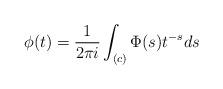
LaTeX: \begin{align*} \phi(t) = \frac{1}{2 \pi i} \int_{(c)} \Phi(s) t^{-s} ds\end{align*}